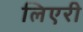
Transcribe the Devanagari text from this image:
लिएरी